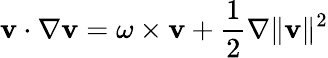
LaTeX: {\mathbf{v}}\cdot\nabla{\mathbf{v}}=\omega\times{\mathbf{v}}+{\frac{1}{2}}\nabla\| {\mathbf{v}}\| ^{2}